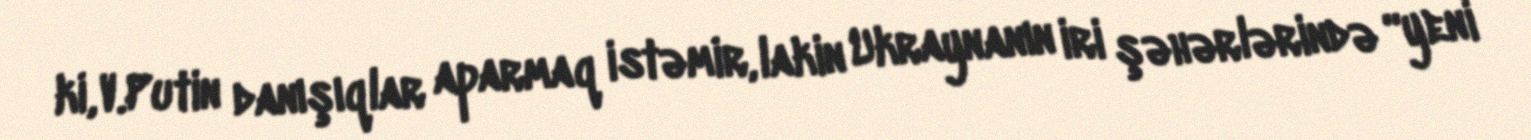
ki, V.Putin danışıqlar aparmaq istəmir, lakin Ukraynanın iri şəhərlərində “yeni